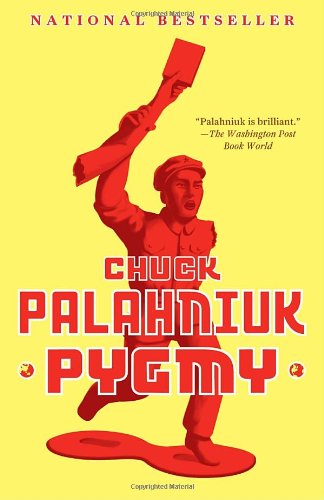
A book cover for Pygmy; Chuck Palahniuk; Literature & Fiction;